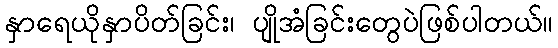
နှာရေယိုနှာပိတ်ခြင်း၊ ပျိုအံခြင်းတွေပဲဖြစ်ပါတယ်။